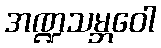
အဏ္ဍသမ္ဘဝေါ